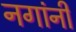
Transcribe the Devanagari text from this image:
नगांनी